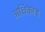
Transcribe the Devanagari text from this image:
अधिकाड़